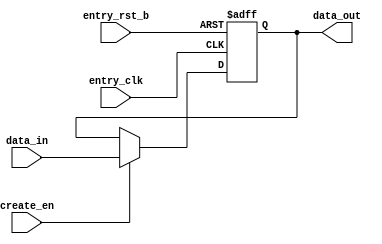
/*Copyright 2020-2021 T-Head Semiconductor Co., Ltd.

Licensed under the Apache License, Version 2.0 (the "License");
you may not use this file except in compliance with the License.
You may obtain a copy of the License at

    http://www.apache.org/licenses/LICENSE-2.0

Unless required by applicable law or agreed to in writing, software
distributed under the License is distributed on an "AS IS" BASIS,
WITHOUT WARRANTIES OR CONDITIONS OF ANY KIND, either express or implied.
See the License for the specific language governing permissions and
limitations under the License.
*/



















module axi_fifo_entry(
  create_en,
  data_in,
  data_out,
  entry_clk,
  entry_rst_b
);


input           create_en;  
input   [70:0]  data_in;    
input           entry_clk;  
input           entry_rst_b; 
output  [70:0]  data_out;   


reg     [70:0]  data_out;   


wire            create_en;  
wire    [70:0]  data_in;    
wire            entry_clk;  
wire            entry_rst_b; 


always @(posedge entry_clk or negedge entry_rst_b)
begin
  if (!entry_rst_b)
    data_out[70:0] <= 71'b0;
  else if (create_en)
    data_out[70:0] <= data_in[70:0];
  else
    data_out[70:0] <= data_out[70:0];
end







endmodule